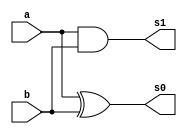
// -------------------------
// Exemplo00045 - 
// Nome: Rodrigo Arruda de Assis 
// ------------------------- 


// ------------------------- 
// half adder 
// ------------------------- 
	
	module halfAdder( s0,s1, a, b);
	
	input a, b;
	output s0, s1;
	
	xor XOR1(s0, a, b);
	and AND1(s1, a, b);

	endmodule 
	
// ------------------------- 
// full adder 
// -------------------------	
	
	module fullAdder(s0, s1, a, b, c);
	
	input a, b, c;
	output s0, s1;
	wire q0, q1, q2;
	
	halfAdder HA1(q0, q1, a, b);
	halfAdder HA2(s0, q2, c, q0);
	or OR1(s1, q2, q1);
	
	endmodule
	

// ------------------------- 
// full adder 4 bits
// -------------------------	
	

	module fullAdder4 (output [4:0]s,
	input Carry, 
	input [3:0]a, 
	input [3:0]b); 
	
	// descrever por portas
	wire vaiUm;
	wire vaiUm1;
	wire vaiUm2;
	wire s_xor;
	wire s_xor1;
	wire s_xor2;
	wire s_xor3;
	
	
	xor XOR1	(s_xor,  b[0], Carry);
	xor XOR2	(s_xor1, b[1], Carry );
	xor XOR3	(s_xor2, b[2], Carry);
	xor XOR4	(s_xor3, b[3], Carry);
	
	
	fullAdder FA1(s[0], vaiUm, Carry, a[0], s_xor);
	fullAdder FA2(s[1], vaiUm1, a[1], s_xor1,vaiUm);
	fullAdder FA3(s[2], vaiUm2, a[2], s_xor2,vaiUm1);	
	fullAdder FA4(s[3], s[4], a[3], s_xor3,vaiUm2);
	
	

// descrever por portas 
	endmodule // fullAdder 
	 



// ------------------------- definir dados 
	
	module teste;
	
	reg [3:0] x; 
	reg [3:0] y; 
	reg carry; 
	wire [4:0] soma; 
	
	fullAdder4 FA(soma, carry,x,y);
	
	
	 
// ------------------------- parte principal 
	initial begin 
	$display("Exemplo00045 - Rodrigo Arruda de Assis - 427460"); 
	$display("Test ALU's full adder");  
	
	
	#1 x = 0000; y = 0000; carry = 1;
	
// projetar testes do 
	
	$monitor("x = %4b \t y = %4b\t carry = %b\t  saida = %5b\n",x,y,carry,soma);
	
	#1 x = 0010; y = 0000; carry = 0; 
	#1 x = 0001; y = 0001; carry = 1;
	#1 x = 0000; y = 0001; carry = 1;
	#1 x = 1111; y = 1000; carry = 0; 
	
end 
endmodule // test_ComplementoDois